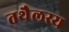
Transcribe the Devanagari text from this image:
तथैलस्य